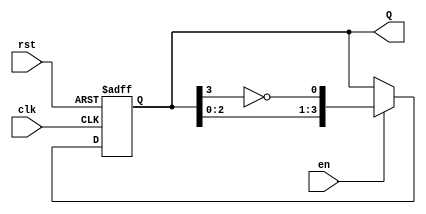
module johnson_counter #(
    parameter n = 4  // Configure the bit width of the counter
)(
    input wire clk,   // Clock signal
    input wire rst,   // Reset signal (active high)
    input wire en,    // Enable signal
    output reg [n-1:0] Q  // Counter output
);

// Always block for the Johnson counter operation
always @(posedge clk or posedge rst) begin
    if (rst) begin
        // Asynchronous reset
        Q <= 0;
    end else if (en) begin
        // Johnson counter state update
        Q <= {Q[n-2:0], ~Q[n-1]};
    end
    // If en is low, hold the current state (no additional action needed)
end

endmodule